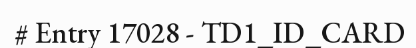
# Entry 17028 - TD1_ID_CARD